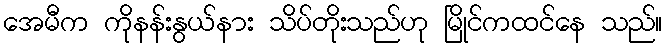
အေမီက ကိုနန်းနွယ်နား သိပ်တိုးသည်ဟု မြိုင်ကထင်နေ သည်။